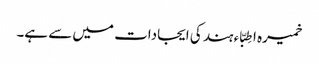
خمیرہ اطِبّاء ہند کی ایجادات میں سے ہے۔